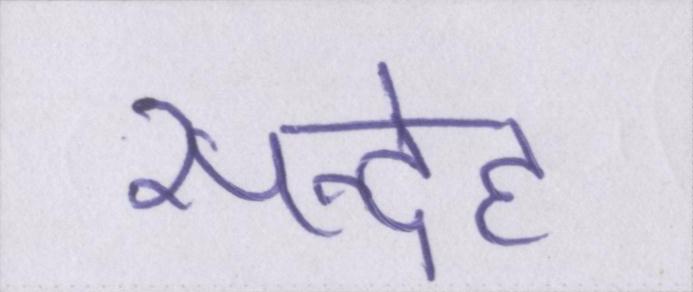
सन्देह